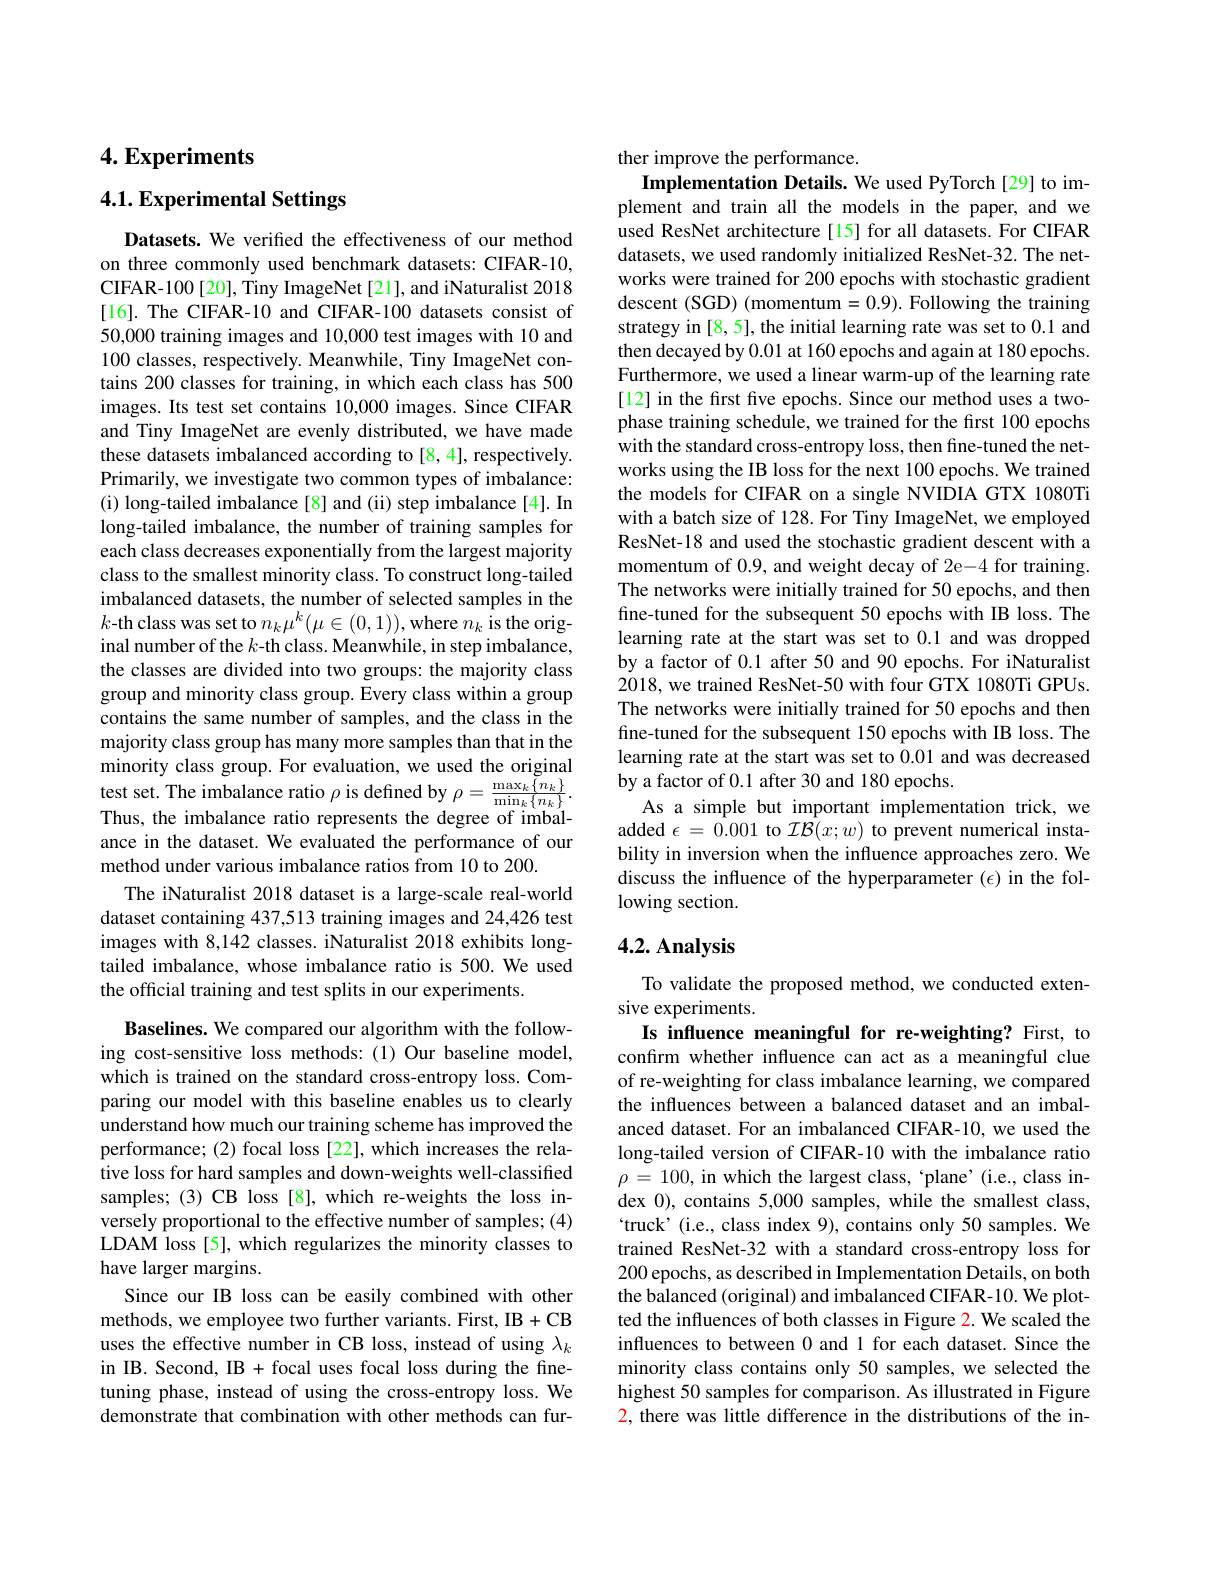
$4. \textbf{Experiments}$

# 4.1. Experimental Settings

Datasets. We verified the effectiveness of our method on three commonly used benchmark datasets: CIFAR-10, CIFAR-100[20], Tiny ImageNet[21], and iNaturalist 2018 [16]. The CIFAR-10 and CIFAR-100 datasets consist of 50,000 training images and 10,000 test images with 10 and 100 classes, respectively. Meanwhile, Tiny ImageNet contains 200 classes for training, in which each class has 500 images. Its test set contains 10,000 images. Since CIFAR and Tiny ImageNet are evenly distributed, we have made these datasets imbalanced according to [8,4], respectively. Primarily, we investigate two common types of imbalance: (i) long-tailed imbalance [8] and (ii) step imbalance [4]. In long-tailed imbalance, the number of training samples for each class decreases exponentially from the largest majority class to the smallest minority class. To construct long-tailed imbalanced datasets, the number of selected samples in the $k$-th class was set to $n_k\mu^k(\mu\in(0,1))$,where $n_k$ is the original number of the $k$-th class. Meanwhile, in step imbalance, the classes are divided into two groups: the majority class group and minority class group. Every class within a group contains the same number of samples, and the class in the majority class group has many more samples than that in the minority class group. For evaluation, we used the original test set. The imbalance ratio $\rho$ is defined by $\rho=\frac{\max_{k}\left\{n_{k}\right\}}{\min_{k}\left\{n_{k}\right\}}.$ Thus, the imbalance ratio represents the degree of imbalance in the dataset. We evaluated the performance of our method under various imbalance ratios from 10 to 200.
The iNaturalist 2018 dataset is a large-scale real-world dataset containing 437,513 training images and 24,426 test images with 8,142 classes. iNaturalist 2018 exhibits longtailed imbalance, whose imbalance ratio is 500. We used the official training and test splits in our experiments.
Baselines. We compared our algorithm with the follow-

ing cost-sensitive loss methods:(1)Our baseline model, which is trained on the standard cross-entropy loss. Comparing our model with this baseline enables us to clearly understand how much our training scheme has improved the performance; (2) focal loss [22], which increases the relative loss for hard samples and down-weights well-classified samples; (3) CB loss [8], which re-weights the loss inversely proportional to the effective number of samples; (4) LDAM loss[5], which regularizes the minority classes to have larger margins.
Since our IB loss can be easily combined with other methods, we employee two further variants. First, IB+CB uses the effective number in CB loss, instead of using $\lambda_k$ in IB. Second, IB + focal uses focal loss during the finetuning phase, instead of using the cross-entropy loss. We demonstrate that combination with other methods can fur-

ther improve the performance.
Implementation Details. We used PyTorch[29] to implement and train all the models in the paper, and we used ResNet architecture[15] for all datasets. For CIFAR datasets, we used randomly initialized ResNet-32. The networks were trained for 200 epochs with stochastic gradient descent (SGD) (momentum=0.9). Following the training strategy in [8, 5], the initial learning rate was set to 0.1 and then decayed by 0.01 at 160 epochs and again at 180 epochs. Furthermore, we used a linear warm-up of the learning rate [12] in the first five epochs. Since our method uses a twophase training schedule, we trained for the first 100 epochs with the standard cross-entropy loss, then fine-tuned the networks using the IB loss for the next 100 epochs. We trained the models for CIFAR on a single NVIDIA GTX 1080Ti with a batch size of 128. For Tiny ImageNet, we employed ResNet-18 and used the stochastic gradient descent with a momentum of 0.9, and weight decay of 2e-4 for training. The networks were initially trained for 50 epochs, and then fine-tuned for the subsequent 50 epochs with IB loss. The learning rate at the start was set to 0.1 and was dropped by a factor of 0.1 after 50 and 90 epochs. For iNaturalist 2018, we trained ResNet-50 with four GTX 1080Ti GPUs. The networks were initially trained for 50 epochs and then fine-tuned for the subsequent 150 epochs with IB loss. The learning rate at the start was set to 0.01 and was decreased by a factor of 0.1 after 30 and 180 epochs.
As a simple but important implementation trick, we added $\epsilon=0.001$ to $\mathcal{IB}(x;w)$ to prevent numerical instability in inversion when the influence approaches zero. We discuss the influence of the hyperparameter $(\epsilon)$ in the following section.

## 4.2. Analysis

To validate the proposed method, we conducted exten-
sive experiments.
Is influence meaningful for re-weighting? First, to confirm whether influence can act as a meaningful clue of re-weighting for class imbalance learning, we compared the influences between a balanced dataset and an imbalanced dataset. For an imbalanced CIFAR-10, we used the long-tailed version of CIFAR-10 with the imbalance ratio $\rho=100$, in which the largest class, ‘plane’(i.e.,class index 0), contains 5,000 samples, while the smallest class, `truck'(i.e., class index 9), contains only 50 samples. We trained ResNet-32 with a standard cross-entropy loss for 200 epochs, as described in Implementation Details, on both the balanced (original) and imbalanced CIFAR-10. We plotted the influences of both classes in Figure 2. We scaled the influences to between 0 and 1 for each dataset. Since the minority class contains only 50 samples, we selected the highest 50 samples for comparison. As illustrated in Figure 2, there was little difference in the distributions of the in-